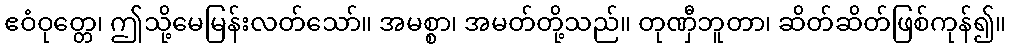
ဧဝံဝုတ္တေ၊ ဤသို့မေမြန်းလတ်သော်။ အမစ္စာ၊ အမတ်တို့သည်။ တုဏှီဘူတာ၊ ဆိတ်ဆိတ်ဖြစ်ကုန်၍။